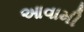
આવામી